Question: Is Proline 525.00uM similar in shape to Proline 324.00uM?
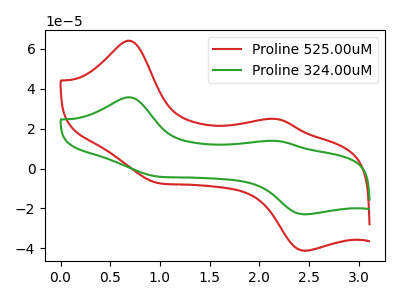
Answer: <think>The red curve "Proline 525.00uM" has anodic peaks at (0.70V, 64.10uA) (2.20V, 24.85uA) and cathodic peaks at (0.95V, -7.10uA) (2.45V, -41.25uA). The green curve "Proline 324.00uM" has anodic peaks at (0.70V, 35.75uA) (2.20V, 13.85uA) and cathodic peaks at (0.95V, -3.95uA) (2.45V, -23.00uA).
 All the peaks in "Proline 525.00uM" have a peak in "Proline 324.00uM" at the same potential. Every peak in "Proline 525.00uM" is higher than every peak in "Proline 324.00uM".</think>
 <answer>"Proline 525.00uM" and "Proline 324.00uM" are similar in shape.</answer>
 <eval>same_shape</eval>